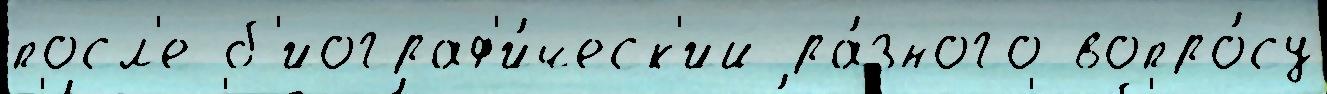
посл'е б'иограф'и́ческ'ий ра́зного вопро́су